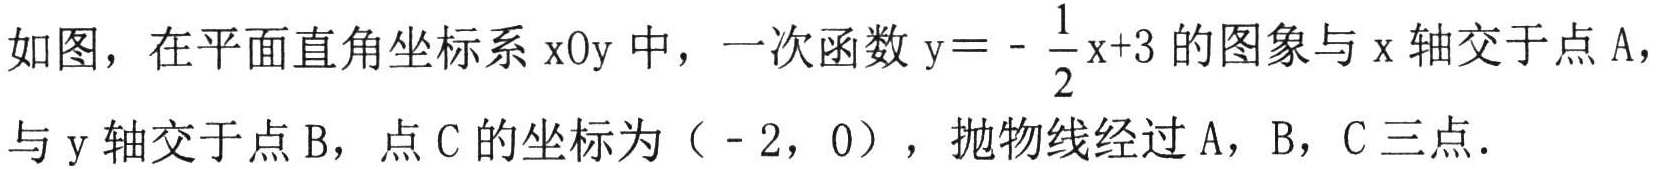
如图，在平面直角坐标系xOy中，一次函数$y = -\frac{1}{2}x + 3$的图象与x轴交于点A，与y轴交于点B，点C的坐标为（-2，0），抛物线经过A，B，C三点．